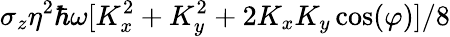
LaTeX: \sigma_{z}\eta^{2}\hbar\omega[K_{x}^{2}+K_{y}^{2}+2K_{x}K_{y}\cos(\varphi)]/8